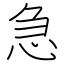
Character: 急